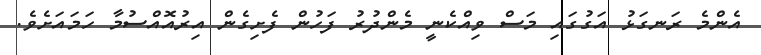
އެންމެ ރަނގަޅު އަގުގައި މަސް ވިއްކެނީ މެންދުރު ފަހުން ފެށިގެން އިރުއޮއްސުމާ ހަމައަށެވެ.